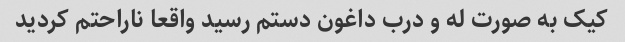
کیک به صورت له و درب داغون دستم رسید واقعا ناراحتم کردید